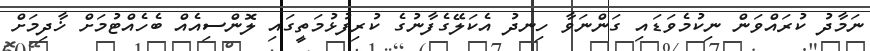
ނަމާދު ކުރައްވަން ނިކުމެވަޑައި ގަންނަވާ ހިނދު އެކަލޭގެފާނުގެ ކުރިފުޅުމަތީގައި ލޮންސިއެއް ބެހެއްޓުމަށް ޚާދިމަށް